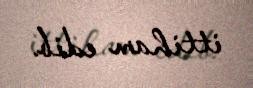
ittiham edib.